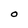
Character: O